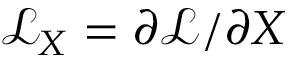
\mathcal { L } _ { X } = \partial \mathcal { L } / \partial X